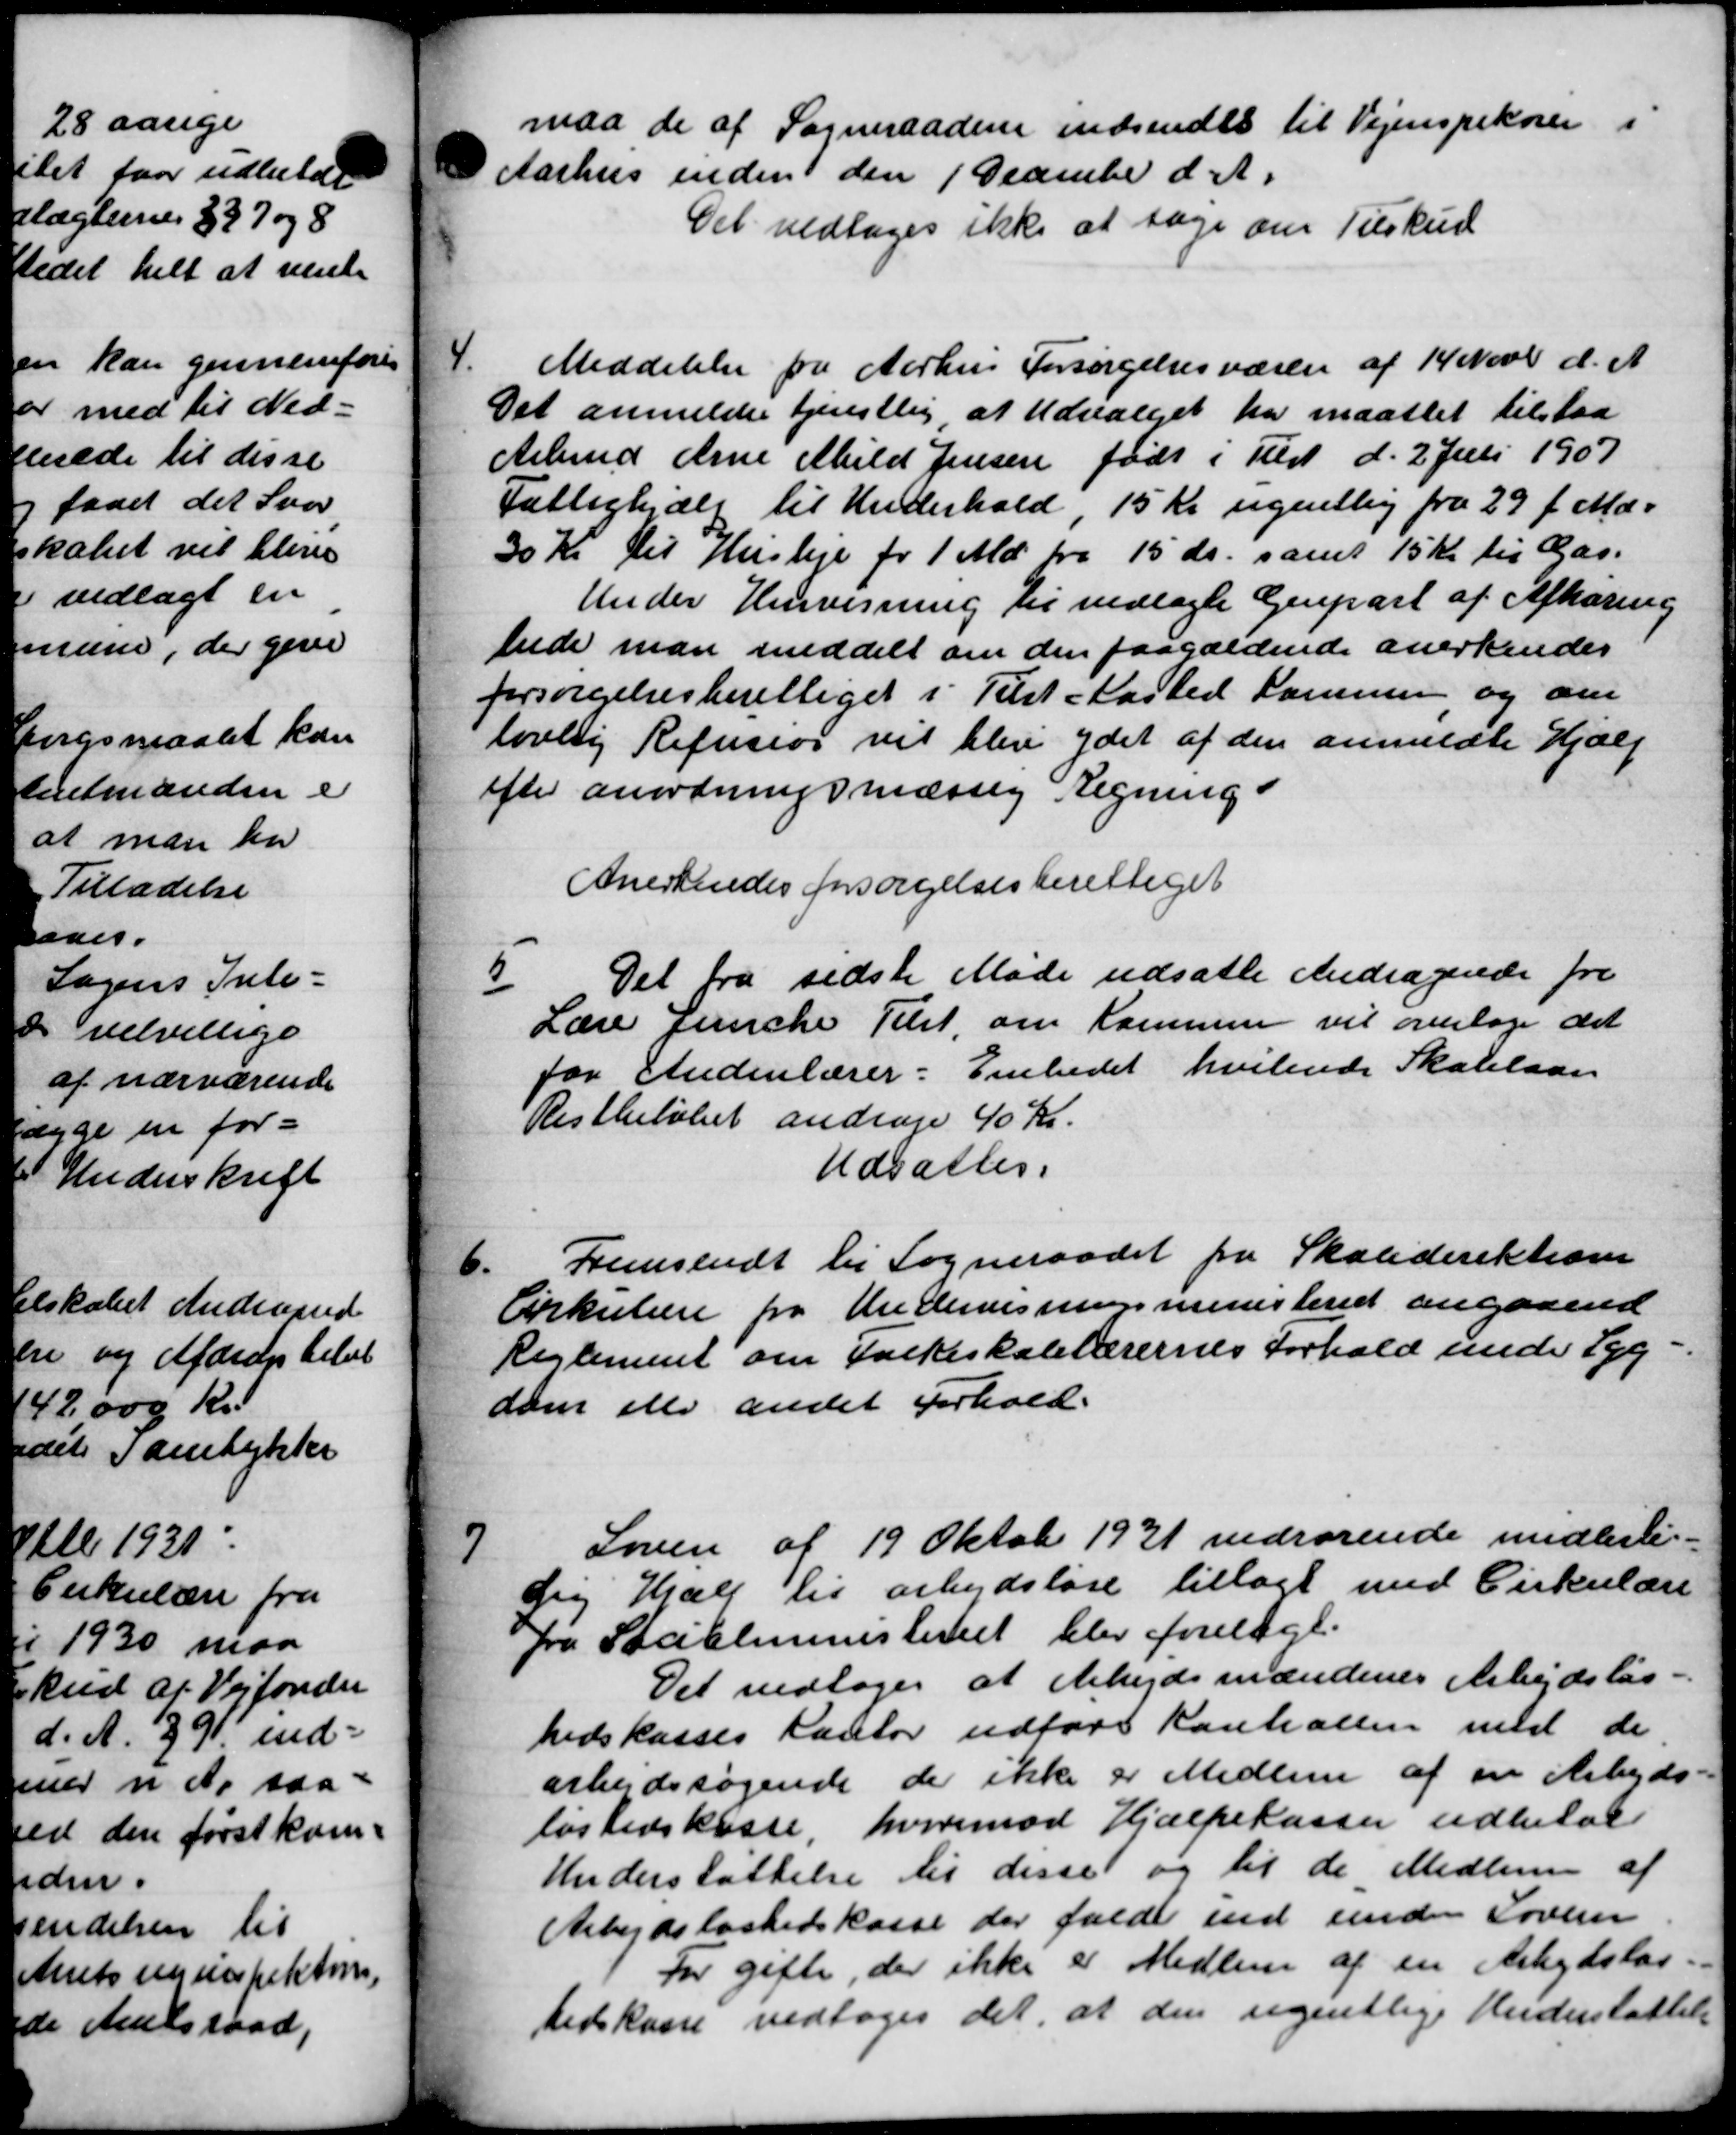
Transskription:
paa de af Sogneraadene indsendes til Vejinspekorer i
Aarhus inden den 1 December d. A.
Det vedtoges ikke at tage om Tilskud

Meddelelse fra Aarhus Forsørgelsesvæsen af 14 Novb d. A.
Det anmeldes tjenstlig at Udvalget har maattet tilstaa
Arbmd Anne Meld Jensen født i Tilst d. 2 Juli 1907
Fattighjælp til Underhold, 15 Kr ugentlig fra 29 f. Md.
30 Kr til Husleje for 1 Md. fra 15 ds. samt 15 Kr. til Gas.
Under Henvisning til vedlagte Genpart af Afhøring
brede man meddelt om den paagældende anerkendes
forsørgelsesberettiget i Tilst Kasted Kommer og om
lovlig Refusion vil blev ydet af den anmeldte Hjælp
efter anordningsmæssig Regning.
Anerkendes forsørgelsesberettiget

Det fra sidste Møde udsatte Andragende fra
Lærer Juncke Tilst om Kommune vil overtage det
for Indenlærer: Embedet hvilende Skolelaan
Restbeløbet andrage 40 Kr.
Udsattes.
Fremsendt til Sogneraadet fra Skoledirektione
6.
Cirkulære fra Undervisningsministeriet angaaende
Reglement om Folkeskolelærernes forhold under Syg
dom elle andet Forhold.

Loven af 19 Oktober 1931 vedrørende midlerti-
dig Hjælp til arbejdsløse tillagt med Cirkulære
fra Socialministeriet blev forelagt.
Det vedtoges at Arbejdsmændenes Arbejdsløs-
hedskasses Kontor udføre Kontrollen med de
arbejdssøgende de ikke er Medlem af en Arbejds-
løshedskasse, hvorimod Hjælpekassen udbetal
Understøttelse til disse og til de Medlem af
Arbejdsløshedskasse der falde ind under Loven
For gifter, der ikke er Medlem af en Arbejdsløs
tedskasse vedtoges det, at den ugentlige Understøttelse